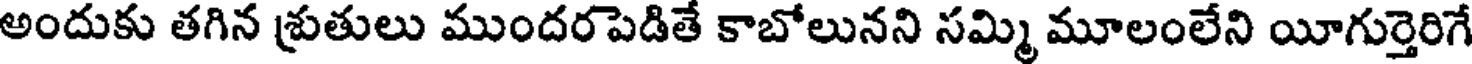
అందుకు తగిన శ్రుతులు ముందరపెడితే కాబోలునని సమ్మి మూలంలేని యీగుర్తెరిగే